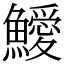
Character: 鱫